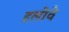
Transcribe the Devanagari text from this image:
हलोवे